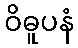
ဝိဓူပနံ